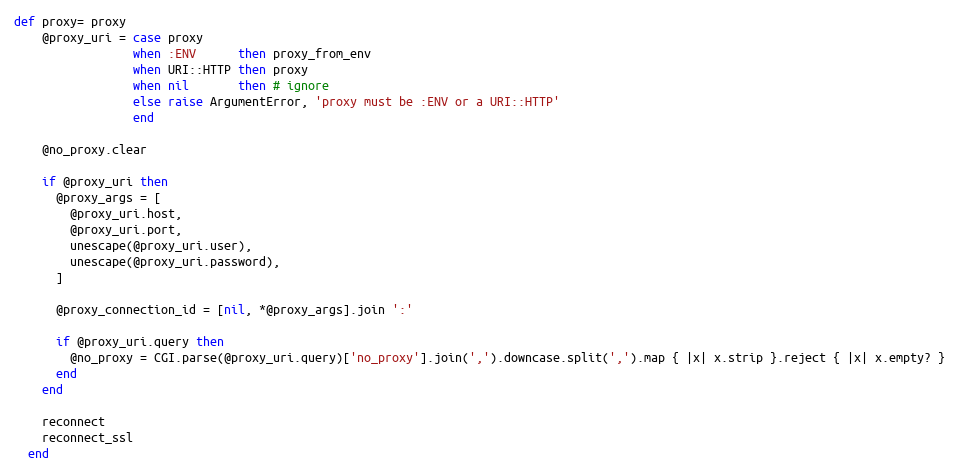
Language: Ruby
def proxy= proxy
    @proxy_uri = case proxy
                 when :ENV      then proxy_from_env
                 when URI::HTTP then proxy
                 when nil       then # ignore
                 else raise ArgumentError, 'proxy must be :ENV or a URI::HTTP'
                 end

    @no_proxy.clear

    if @proxy_uri then
      @proxy_args = [
        @proxy_uri.host,
        @proxy_uri.port,
        unescape(@proxy_uri.user),
        unescape(@proxy_uri.password),
      ]

      @proxy_connection_id = [nil, *@proxy_args].join ':'

      if @proxy_uri.query then
        @no_proxy = CGI.parse(@proxy_uri.query)['no_proxy'].join(',').downcase.split(',').map { |x| x.strip }.reject { |x| x.empty? }
      end
    end

    reconnect
    reconnect_ssl
  end